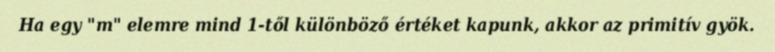
Ha egy "m" elemre mind 1-től különböző értéket kapunk, akkor az primitív gyök.